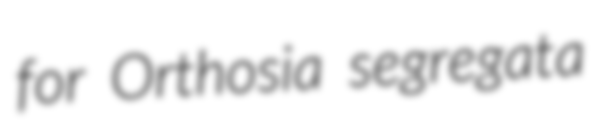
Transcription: for Orthosia segregata